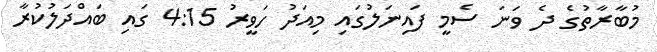
މުބާރާތުގެ ދެ ވަނަ ސެމީ ފައިނަލުގައި މިއަދު ހަވީރު 4:15 ގައި ބައްދަލުކުރާ